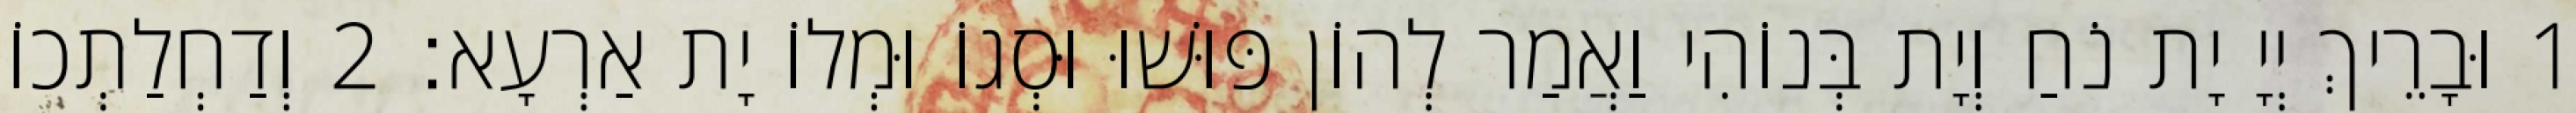
1 וּבָרֵיךְ יְיָ יָת נֹחַ וְיָת בְּנוֹהִי וַאֲמַר לְהוֹן פּוּשׁוּ וּסְגוֹ וּמְלוֹ יָת אַרְעָא׃ 2 וְדַחְלַתְכוֹן